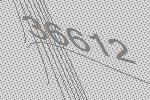
36612